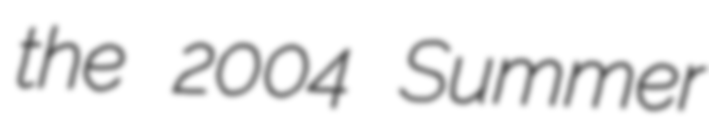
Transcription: the 2004 Summer